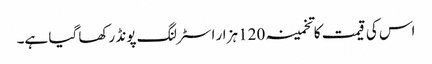
اس کی قیمت کا تخمینہ 120 ہزار اسٹرلنگ پونڈ رکھا گیا ہے۔